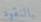
بالنقود